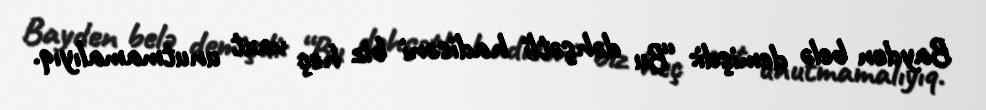
Bayden belə demişdi: “Bu dəhşətli hadisəni biz heç vaxt unutmamalıyıq.